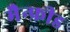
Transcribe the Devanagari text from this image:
मैन्फ्रीड